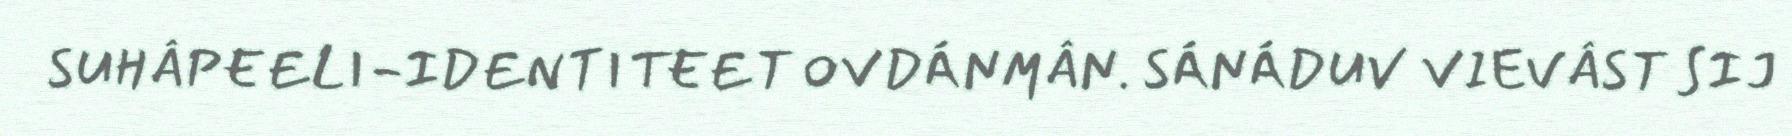
SUHÂPEELI-IDENTITEET OVDÁNMÂN. SÁNÁDUV VIEVÂST SIJ